Epidemic dropsy in Calcutta - Number 49
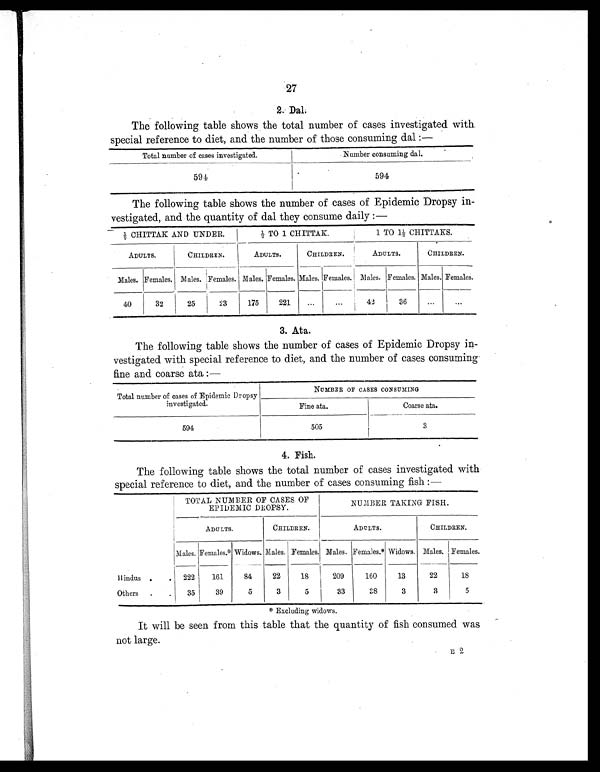
27
2. Dal.
The following table shows the total number of cases investigated with
special reference to diet, and the number of those consuming dal :—
Total number of cases investigated.
Number consuming dal.
594
594
The following table shows the number of cases of Epidemic Dropsy in-
vestigated, and the quantity of dal they consume daily :—
½ CHITTAK AND UNDER.
½ TO 1 CHITTAK.
1 TO 1½ CHITTAKS.
ADULTS.
CHILDREN.
ADULTS.
CHILDREN.
ADULTS.
CHILDREN.
Males. Females. Males. Females. Males. Females. Males. Females. Males. Females. Males. Females.
40
32
25
23
175
221
...
...
4 2
36
. . .
. . .
3.
Ata.
The following table shows the number of cases of Epidemic Dropsy in-
vestigated with special reference to diet, and the number of cases consuming
fine and coarse ata
Total number of cases of Epidemic Dropsy
investigated.
NUMBER OF CASES CONSUMING
Fine ata.
C o a r s e a t a .
594
505
3
4.
Fish.
The following table shows the total number of cases investigated with
special reference to diet, and the number of cases consuming fish :—
TOTAL NUMBER OF CASES OF
EPIDEMIC DROPSY.
NUMBER TAKING FISH.
ADULTS.
CHILDREN.
ADULTS.
CHILDREN.
Males. Females.* Widows. Males. Females. Males. Females.* Widows. Males. Females.
Hindus .
.
222
161
84
22
18
209
160
13
22
18
Others
.
.
35
39
5
3
5
33
38
3
3
5
* Excluding widows.
It will be seen from this table that the quantity of fish consumed was
not large.
E 2